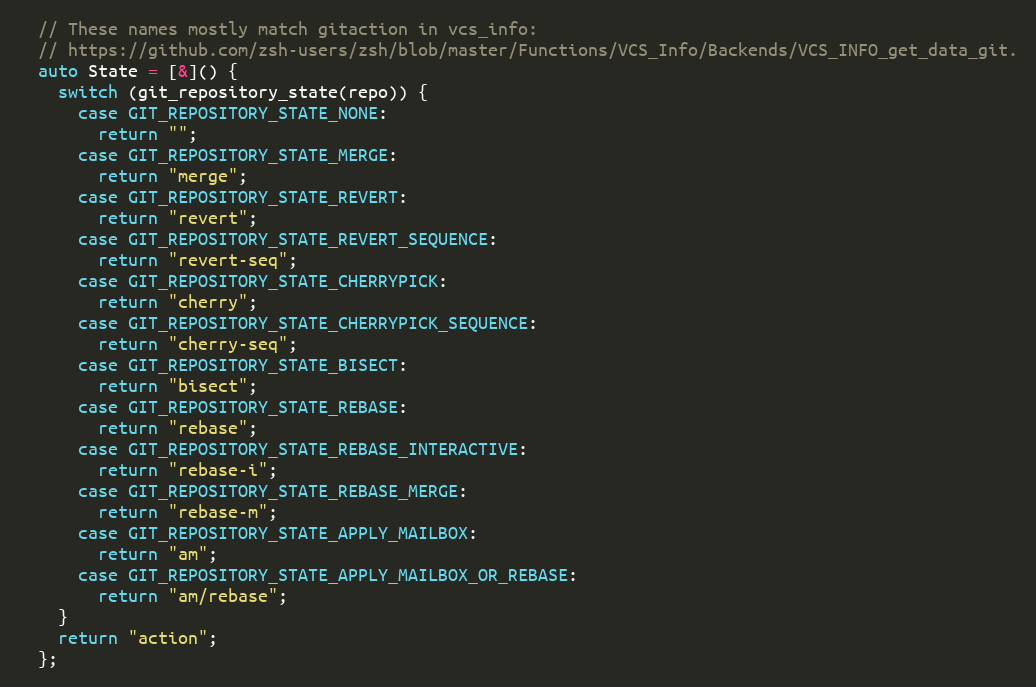
Language: C++
  // These names mostly match gitaction in vcs_info:
  // https://github.com/zsh-users/zsh/blob/master/Functions/VCS_Info/Backends/VCS_INFO_get_data_git.
  auto State = [&]() {
    switch (git_repository_state(repo)) {
      case GIT_REPOSITORY_STATE_NONE:
        return "";
      case GIT_REPOSITORY_STATE_MERGE:
        return "merge";
      case GIT_REPOSITORY_STATE_REVERT:
        return "revert";
      case GIT_REPOSITORY_STATE_REVERT_SEQUENCE:
        return "revert-seq";
      case GIT_REPOSITORY_STATE_CHERRYPICK:
        return "cherry";
      case GIT_REPOSITORY_STATE_CHERRYPICK_SEQUENCE:
        return "cherry-seq";
      case GIT_REPOSITORY_STATE_BISECT:
        return "bisect";
      case GIT_REPOSITORY_STATE_REBASE:
        return "rebase";
      case GIT_REPOSITORY_STATE_REBASE_INTERACTIVE:
        return "rebase-i";
      case GIT_REPOSITORY_STATE_REBASE_MERGE:
        return "rebase-m";
      case GIT_REPOSITORY_STATE_APPLY_MAILBOX:
        return "am";
      case GIT_REPOSITORY_STATE_APPLY_MAILBOX_OR_REBASE:
        return "am/rebase";
    }
    return "action";
  };